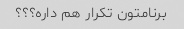
برنامتون تکرار هم داره؟؟؟